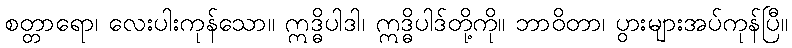
စတ္တာရော၊ လေးပါးကုန်သော။ ဣဒ္ဓိပါဒါ၊ ဣဒ္ဓိပါဒ်တို့ကို။ ဘာဝိတာ၊ ပွားများအပ်ကုန်ပြီ။